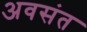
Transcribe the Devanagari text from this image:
अवसंत